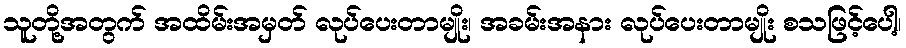
သူတို့အတွက် အထိမ်းအမှတ် လုပ်ပေးတာမျိုး၊ အခမ်းအနား လုပ်ပေးတာမျိုး စသဖြင့်ပေါ့၊